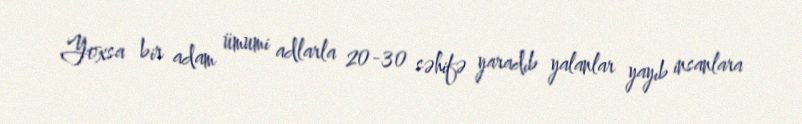
Yoxsa bir adam ümumi adlarla 20-30 səhifə yaradıb yalanlar yayıb insanlara